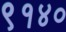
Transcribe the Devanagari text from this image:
९१४०